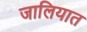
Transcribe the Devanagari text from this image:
जालियात